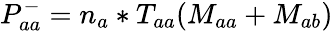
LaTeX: P_{aa}^{-}=n_{a}*T_{aa}(M_{aa}+M_{ab})